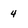
Character: 4